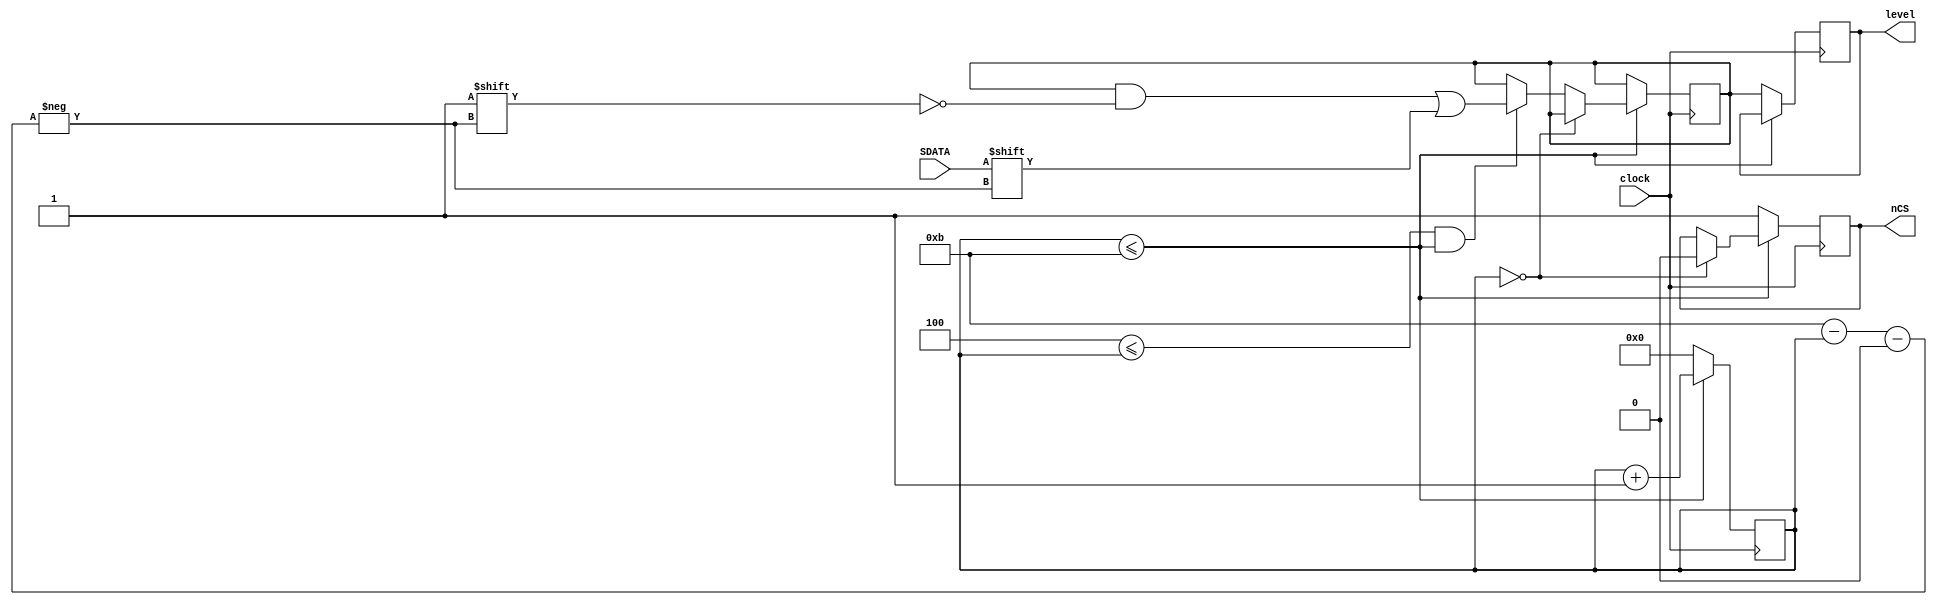
module AD (clock, level, nCS, SDATA);
	input clock;
	output reg [7:0] level;
	output reg nCS;
	input SDATA;
	
	reg [7:0] tempLevel;
	reg [4:0] state;
	
	initial begin
		nCS = 1'b1;
		state = 5'd0;
		level = 8'd0;
	end
	
	always @(posedge clock) begin
		if (state <= 5'd11) begin
			if (state == 5'd0) begin
				nCS = 1'b0;
			end else if (5'd4 <= state && state <= 5'd11) begin
				tempLevel[5'd11 - state] = SDATA;
			end
			state = state + 5'd1;
		end else begin
			nCS = 1'b1;
			level = tempLevel;
			state = 5'd0;
		end
	end
endmodule